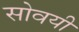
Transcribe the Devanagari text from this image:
सोवयी